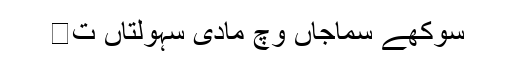
سوکھے سماجاں وچ مادی سہولتاں ت�